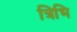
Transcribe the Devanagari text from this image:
त्रिभि